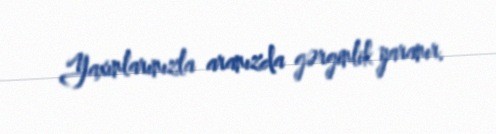
Yaxınlarınızla aranızda gərginlik yaranır.